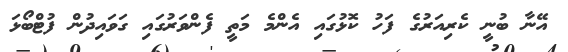
އޭނާ ބުނީ ކެރިއަރުގެ ފަހު ކޮޅުގައި އެންމެ މަތީ ފެންވަރުގައި ގަވައިދުން ފުޓްބޯޅަ